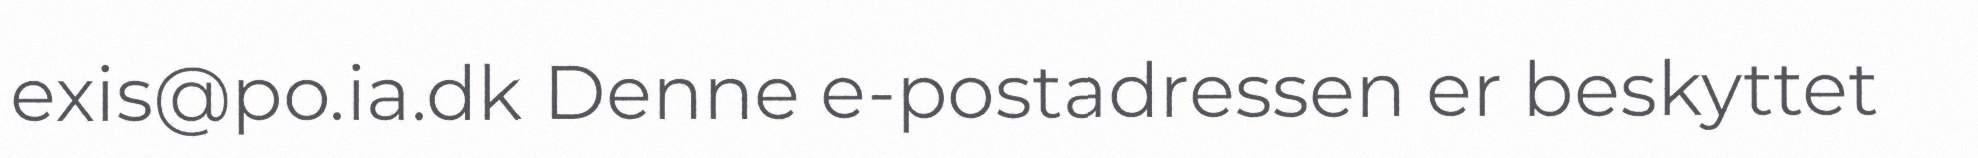
exis@po.ia.dk Denne e-postadressen er beskyttet